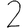
Digit: 2